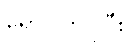
ရှောင်ကြဉ်ပြီး